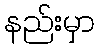
နည်းမှာ